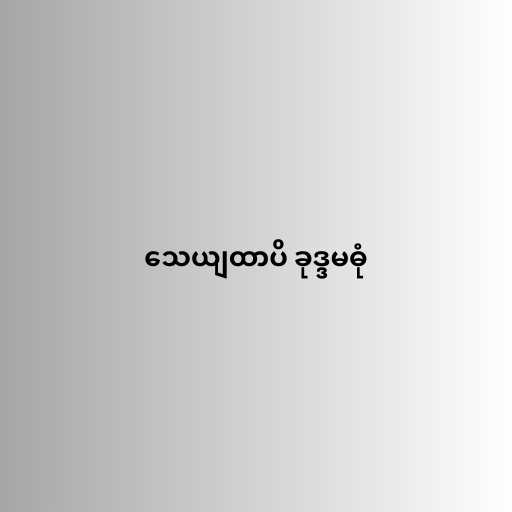
သေယျထာပိ ခုဒ္ဒမဓုံ